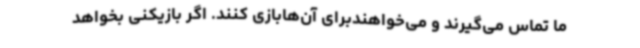
ما تماس می‌گیرند و می‌خواهندبرای آن‌هابازی کنند. اگر بازیکنی بخواهد